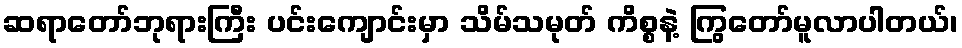
ဆရာတော်ဘုရားကြီး ပင်းကျောင်းမှာ သိမ်သမုတ် ကိစ္စနဲ့ ကြွတော်မူလာပါတယ်၊